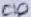
Text: C10